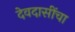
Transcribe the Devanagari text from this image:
देवदासींचा